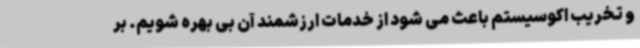
و تخریب اکوسیستم باعث می شود از خدمات ارزشمند آن بی بهره شویم. بر